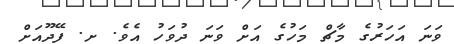
ވަނަ އަހަރުގެ މާޗް މަހުގެ އަށް ވަނަ ދުވަހު އެވެ. ށ. ފޭދޫއަށް